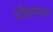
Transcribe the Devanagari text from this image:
शौहरदार